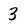
Character: 3